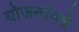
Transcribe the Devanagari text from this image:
योजनांमधे